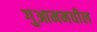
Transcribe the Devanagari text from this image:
गुआममधील